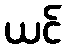
ယင်